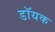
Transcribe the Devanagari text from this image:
डॉयक